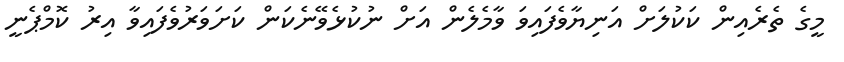
މީގެ ތެރެއިން ކަކުލަށް އަނިޔާވެފައިވަ ވާމެލެން އަށް ނުކުޅެވޭނެކަން ކަށަވަރުވެފައިވާ އިރު ކޮމްޕެނީ